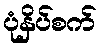
ပုံနှိပ်စက်